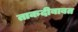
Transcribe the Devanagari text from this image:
ताकदीबाबत